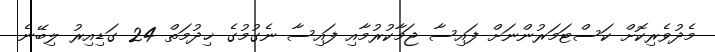
މެދުވެރިކޮށް ކަސްޓަމަރުންނަށް ފައިސާ ޖަމާކުރުމާއި ފައިސާ ނެގުމުގެ ޚިދުމަތް 24 ގަޑިއިރު ލިބޭނެ